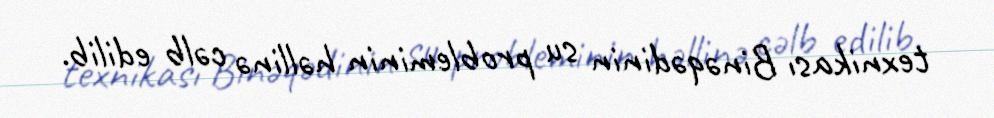
texnikası Binəqədinin su probleminin həllinə cəlb edilib.